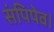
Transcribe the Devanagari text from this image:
संपिपेव।